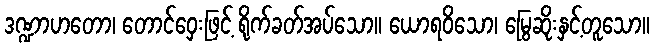
ဒဏ္ဍာဟတော၊ တောင်ဝှေးဖြင့် ရိုက်ခတ်အပ်သော။ ယောရဝိသော၊ မြွေဆိုးနှင့်တူသော။